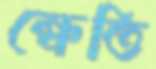
ক্ষেতি